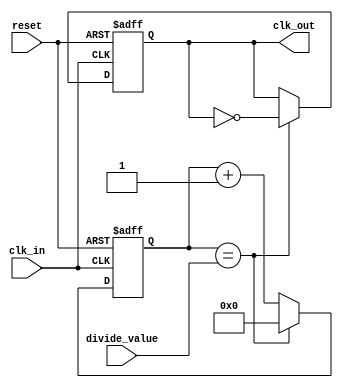
module dual_modulus_clock_divider (
    input wire clk_in,
    input wire reset,
    input wire [7:0] divide_value,
    output reg clk_out
);

reg [7:0] count;

always @(posedge clk_in or posedge reset) begin
    if (reset) begin
        count <= 8'b00000000;
        clk_out <= 1'b0;
    end else begin
        if (count == divide_value) begin
            count <= 8'b00000000;
            clk_out <= ~clk_out;
        end else begin
            count <= count + 1;
        end
    end
end

endmodule